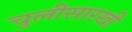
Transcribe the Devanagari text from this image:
चुलीसारखी